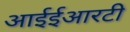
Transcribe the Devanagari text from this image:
आईईआरटी